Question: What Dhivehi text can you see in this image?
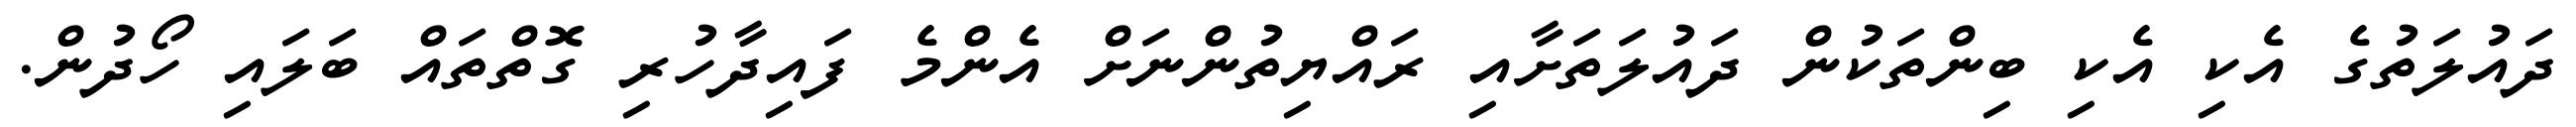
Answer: ދައުލަތުގެ އެކި އެކި ބިންތަކުން ދައުލަތަށާއި ރައްޔިތުންނަށް އެންމެ ފައިދާހުރި ގޮތްތައް ބަލައި ހޯދުން.